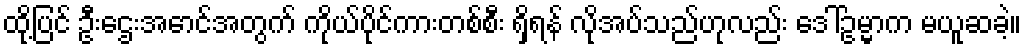
ထို့ပြင် ဦးဌေးအောင်အတွက် ကိုယ်ပိုင်ကားတစ်စီး ရှိရန် လိုအပ်သည်ဟုလည်း ဒေါ်ဥမ္မာက မယူဆခဲ့။